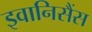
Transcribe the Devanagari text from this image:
इवानिसैंस